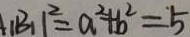
\vert B _ { 1 } \vert ^ { 2 } = a ^ { 2 } + b ^ { 2 } = 5